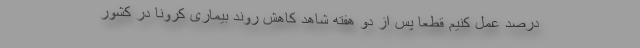
درصد عمل کنیم قطعاً پس از دو هفته شاهد کاهش روند بیماری کرونا در کشور